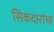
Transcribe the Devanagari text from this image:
सिकदारांचा